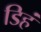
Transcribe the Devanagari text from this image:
डिहं